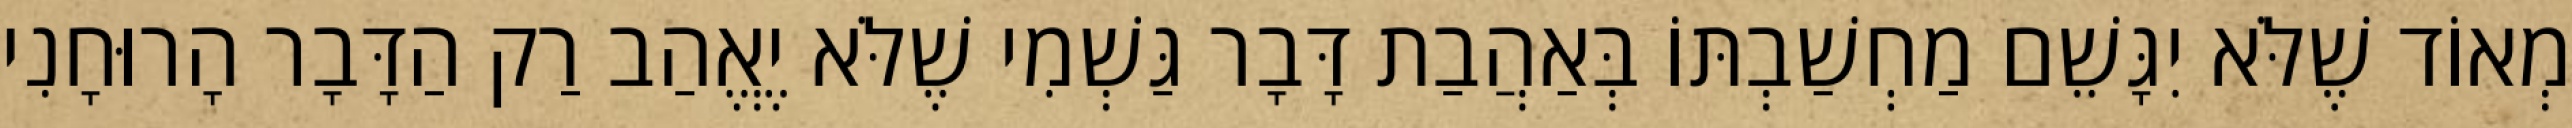
מְאוֹד שֶׁלֹּא יִגָּשֵׁם מַחְשַׁבְתּוֹ בְּאַהֲבַת דָּבָר גַּשְׁמִי שֶׁלֹּא יֶאֱהַב רַק הַדָּבָר הָרוּחָנִי